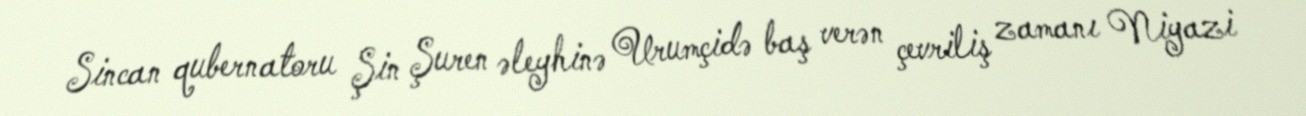
Sincan qubernatoru Şin Şuren əleyhinə Urumçidə baş verən çevriliş zamanı Niyazi